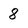
Character: 8